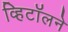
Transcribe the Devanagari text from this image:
व्हिटॉलने